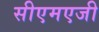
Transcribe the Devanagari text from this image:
सीएमएजी